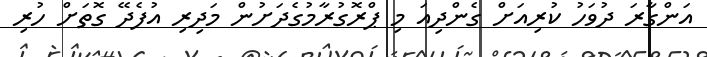
އަންގާރަ ދުވަހު ކުރިއަށް ގެންދިއަ މި ޕްރޮގުރާމުގެދަށުން މަދިރި އުފެދޭ ގޮތަށް ހުރި